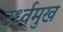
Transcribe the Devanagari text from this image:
उर्ध्वमुख